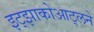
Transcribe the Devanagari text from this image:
इट्झाकोआट्लने